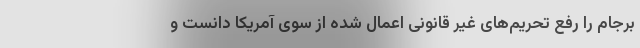
برجام را رفع تحریم‌های غیر قانونی اعمال شده از سوی آمریکا دانست و